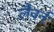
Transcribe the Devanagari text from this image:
लैवर्न